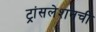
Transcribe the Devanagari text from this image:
ट्रांसलेशनची